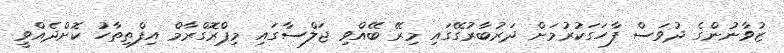
ޒުވާނުންގެ ދުވަސް ފާހަގަކުރުމަށް ދަރުބާރުގޭގައި މިރޭ ބޭއްވި ޖަލްސާގައި މިޕްރޮގްރާމް އިފްތިތާހު ކޮށްދެއްވީ